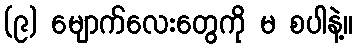
(၉) မျောက်လေးတွေကို မ စပါနဲ့။